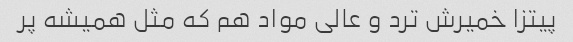
پیتزا خمیرش ترد و عالی مواد هم که مثل همیشه پر